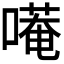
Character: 𭊭